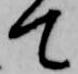
て